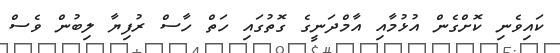
ކައިވެނި ކޮށްގެން އުޅުމާއި އާމްދަނީގެ ގޮތުގައި ހަތް ހާސް ރުފިޔާ ލިބުން ވެސް